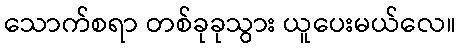
သောက်စရာ တစ်ခုခုသွား ယူပေးမယ်လေ။